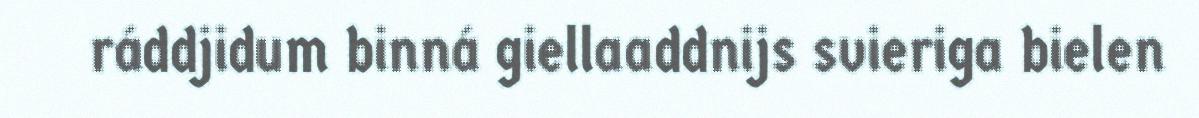
ráddjidum binná giellaaddnijs svieriga bielen